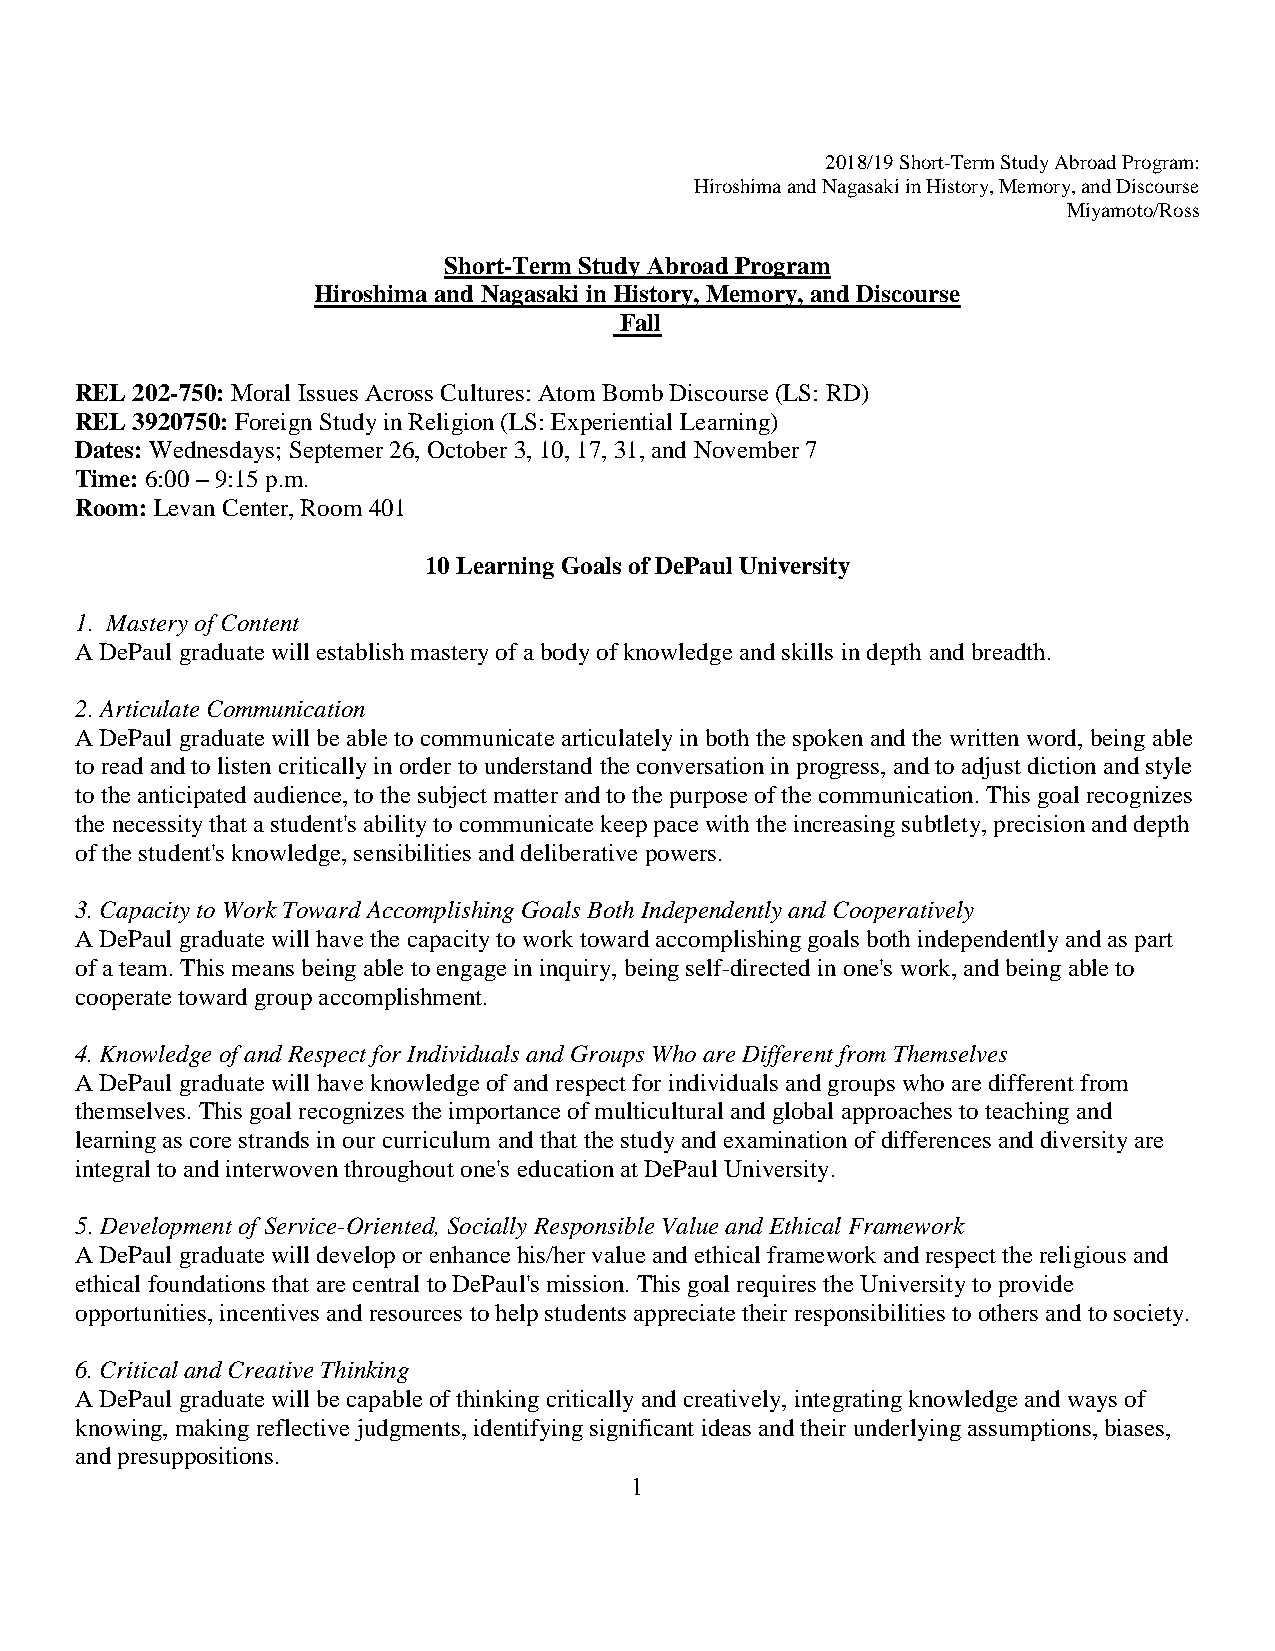
2018/19 Short-Term Study Abroad Program:
 Hiroshima and Nagasaki in History, Memory, and Discourse
 Miyamoto/Ross
 Short-Term Study Abroad Program
 Hiroshima and Nagasaki in History, Memory, and Discourse
 Fall
 REL 202-750: Moral Issues Across Cultures: Atom Bomb Discourse (LS: RD)
 REL 3920750: Foreign Study in Religion (LS: Experiential Learning)
 Dates: Wednesdays; Septemer 26, October 3, 10, 17, 31, and November 7
 Time: 6:00 – 9:15 p.m.
 Room: Levan Center, Room 401
 10 Learning Goals of DePaul University
 1. Mastery of Content
 A DePaul graduate will establish mastery of a body of knowledge and skills in depth and breadth.
 2. Articulate Communication
 A DePaul graduate will be able to communicate articulately in both the spoken and the written word, being able
 to read and to listen critically in order to understand the conversation in progress, and to adjust diction and style
 to the anticipated audience, to the subject matter and to the purpose of the communication. This goal recognizes
 the necessity that a student's ability to communicate keep pace with the increasing subtlety, precision and depth
 of the student's knowledge, sensibilities and deliberative powers.
 3. Capacity to Work Toward Accomplishing Goals Both Independently and Cooperatively
 A DePaul graduate will have the capacity to work toward accomplishing goals both independently and as part
 of a team. This means being able to engage in inquiry, being self-directed in one's work, and being able to
 cooperate toward group accomplishment.
 4. Knowledge of and Respect for Individuals and Groups Who are Different from Themselves
 A DePaul graduate will have knowledge of and respect for individuals and groups who are different from
 themselves. This goal recognizes the importance of multicultural and global approaches to teaching and
 learning as core strands in our curriculum and that the study and examination of differences and diversity are
 integral to and interwoven throughout one's education at DePaul University.
 5. Development of Service-Oriented, Socially Responsible Value and Ethical Framework
 A DePaul graduate will develop or enhance his/her value and ethical framework and respect the religious and
 ethical foundations that are central to DePaul's mission. This goal requires the University to provide
 opportunities, incentives and resources to help students appreciate their responsibilities to others and to society.
 6. Critical and Creative Thinking
 A DePaul graduate will be capable of thinking critically and creatively, integrating knowledge and ways of
 knowing, making reflective judgments, identifying significant ideas and their underlying assumptions, biases,
 and presuppositions.
 1